Civil Veterinary Dept. Bombay admin report 1893-99 - 1893-1899
Year: 1893
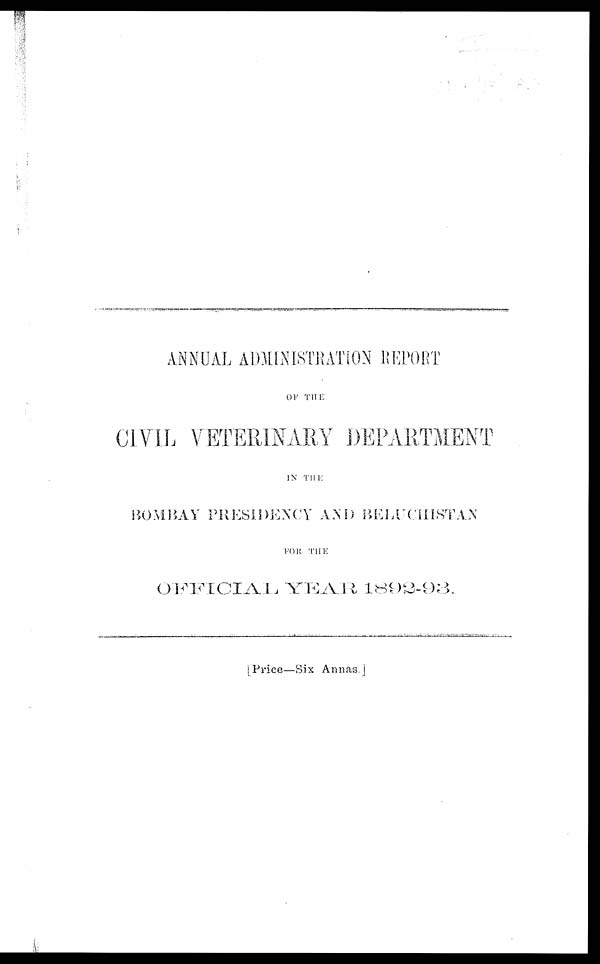
ANNUAL ADMINISTRATION REPORT
OF THE
CIVIL VETERINARY DEPARTMENT
IN THE
BOMBAY PRESIDENCY AND BELUCHISTAN
FOR THE
OFFICIAL YEAR 1892-93.
Price—Six Annas